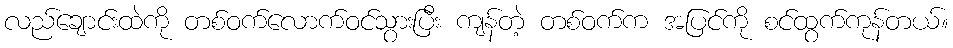
လည်ချောင်းထဲကို တစ်ဝက်လောက်ဝင်သွားပြီး ကျန်တဲ့ တစ်ဝက်က အပြင်ကို စင်ထွက်ကုန်တယ်။